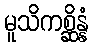
မူသိကစ္ဆိန္နံ